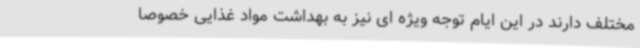
مختلف دارند در این ایام توجه ویژه ای نیز به بهداشت مواد غذایی خصوصا